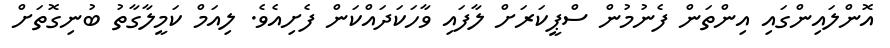
އޮންލައިންގައި އިންތަން ފެނުމުން ސްޕީކަރަށް ލާފައި ވާހަކަދައްކަން ފެށިއެވެ. ލިއަމް ކަމީލާގާތު ބުނިގޮތަށް